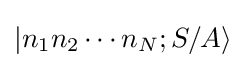
|n_{1}n_{2}\cdots n_{N};S/A\rangle